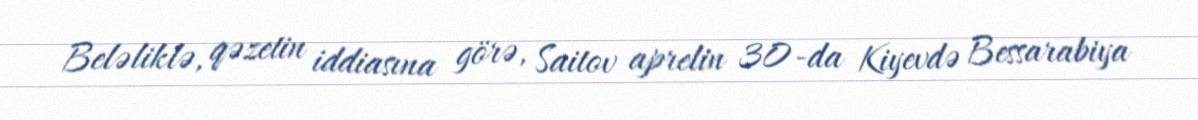
Beləliklə, qəzetin iddiasına görə, Saitov aprelin 30-da Kiyevdə Bessarabiya